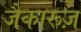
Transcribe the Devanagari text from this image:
जैकारूज़